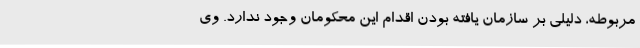
مربوطه، دلیلی بر سازمان یافته بودن اقدام این محکومان وجود ندارد. وی